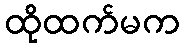
ထိုထက်မက